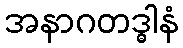
အနာဂတဒ္ဓါနံ